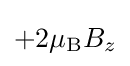
+2\mu _{\rm {B}}B_{z}